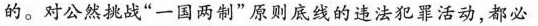
的。对公然挑战”一国两制”原则底线的违法犯罪活动，都必